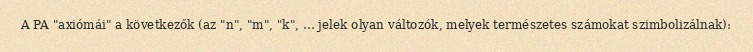
A PA "axiómái" a következők (az "n", "m", "k", … jelek olyan változók, melyek természetes számokat szimbolizálnak):